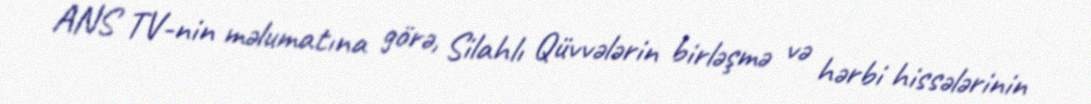
ANS TV-nin məlumatına görə, Silahlı Qüvvələrin birləşmə və hərbi hissələrinin